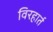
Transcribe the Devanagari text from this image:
विरहार्त